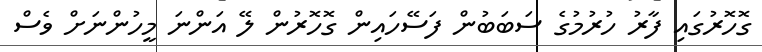
ގޮހޮރުގައި ފާރު ހުރުމުގެ ސަބަބުން ފަސޭހައިން ގޮހޮރުން ލޭ އަންނަ މީހުންނަށް ވެސް